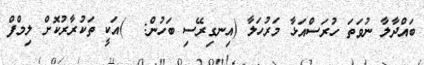
ބައްދާލާ ނުވަތަ ހުރަސްއަޅާ މަރުހަލާ (އިނގިރޭސި ބަހުން:  )އަކީ ތަކުރާރުކޮށް ލިމްފް